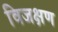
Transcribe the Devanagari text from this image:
विजक्षण